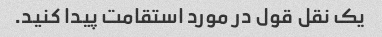
یک نقل قول در مورد استقامت پیدا کنید.